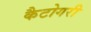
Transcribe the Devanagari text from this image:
कैटोगरी